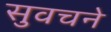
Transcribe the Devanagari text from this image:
सुवचने